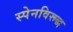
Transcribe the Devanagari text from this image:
स्पेनविरूद्ध